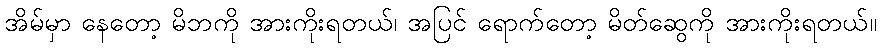
အိမ်မှာ နေတော့ မိဘကို အားကိုးရတယ်၊ အပြင် ရောက်တော့ မိတ်ဆွေကို အားကိုးရတယ်။